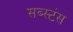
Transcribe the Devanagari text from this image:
सब्स्टंस